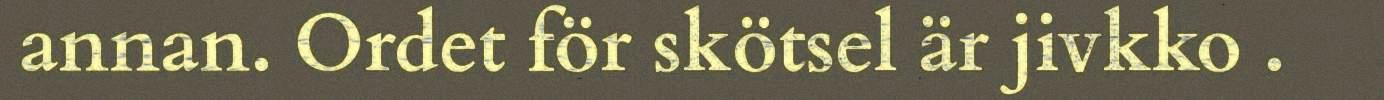
annan. Ordet för skötsel är jivkko .